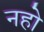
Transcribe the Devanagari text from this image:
नहो